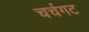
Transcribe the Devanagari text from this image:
चर्चगट